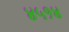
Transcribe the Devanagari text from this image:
४५१४